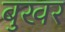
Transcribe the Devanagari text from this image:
बुखर